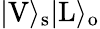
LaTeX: |\mathrm{V}\rangle_{\mathrm{s}}|\mathrm{L}\rangle_{\mathrm{o}}